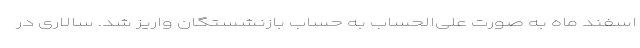
اسفند ماه به صورت علی‌الحساب به حساب بازنشستگان واریز شد. سالاری در